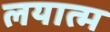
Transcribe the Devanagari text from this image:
लयात्म